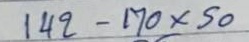
142 - 170 x 50